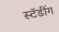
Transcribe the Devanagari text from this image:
स्टॅडींग